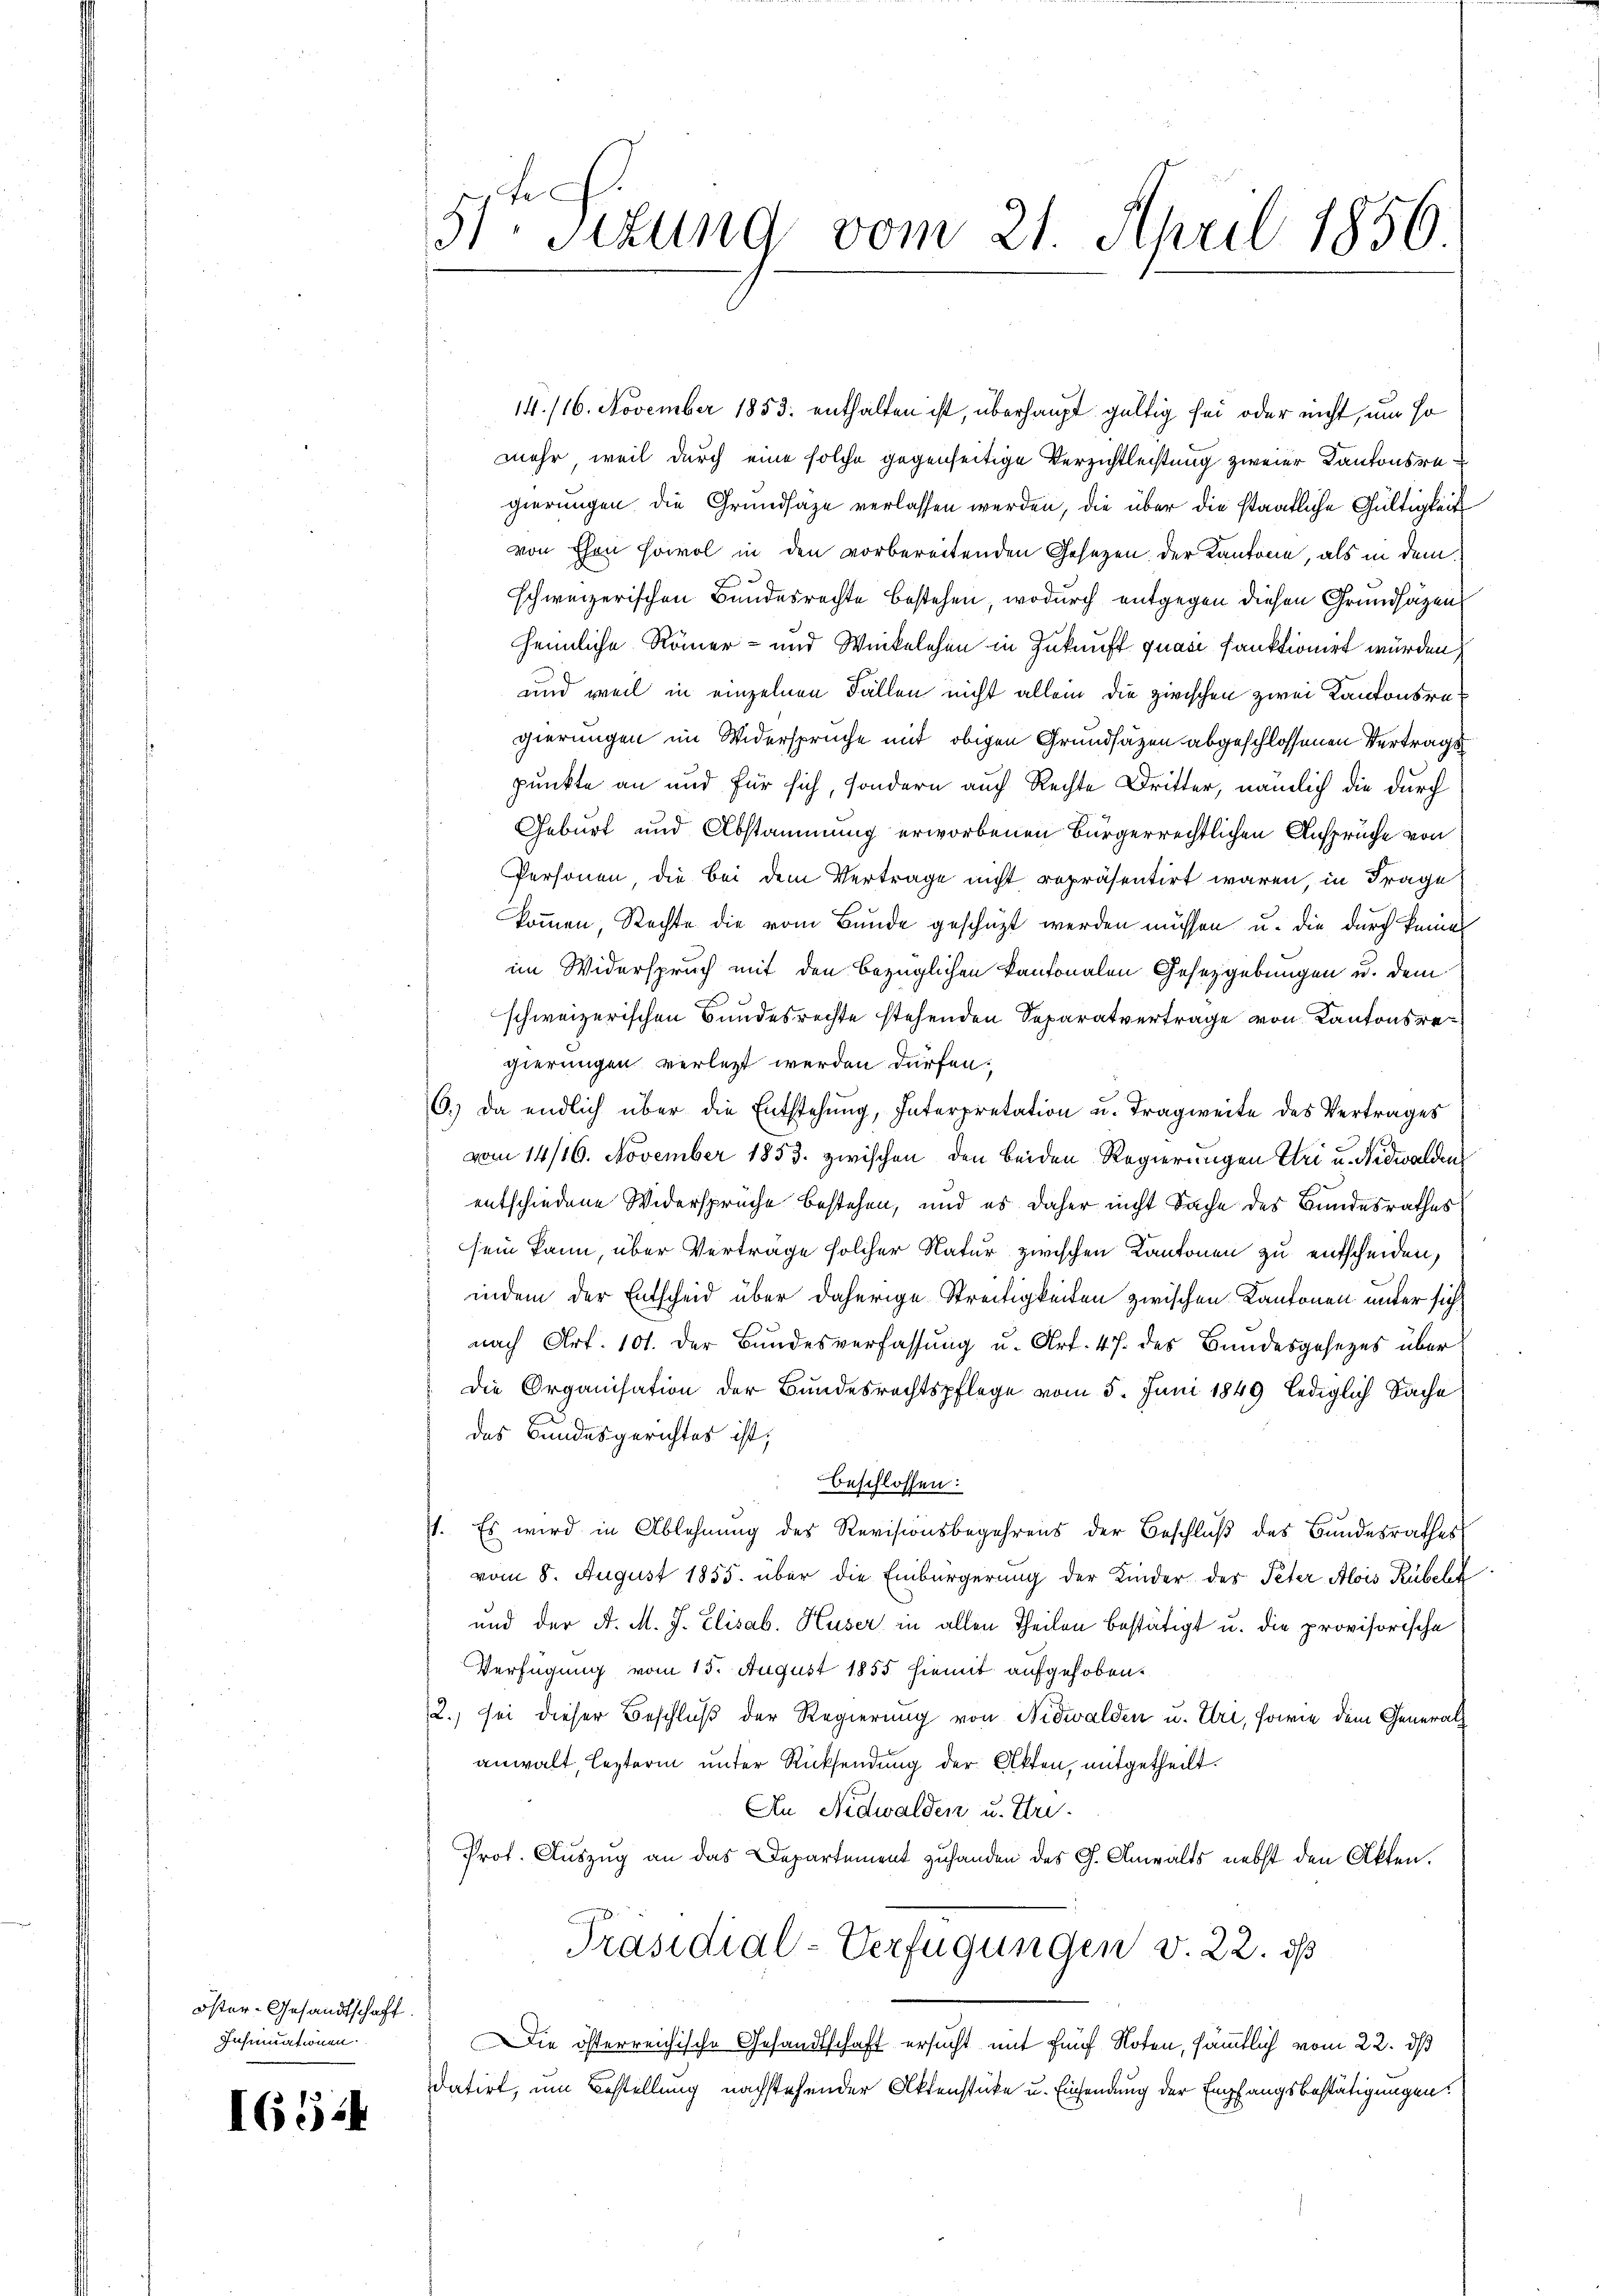
öster-Gesandtschaft.
Insinuationen.

I654

51. Sekung vom 21. April 1856.

14. 116. November 1853. enthalten ist, überhaupt gültig sei oder nicht, um so
mehr, weil durch eine solche gegenseitige Verzichtleistung zweier Kantonsregierungen die Grundsaze verlassen werden, die über die staatliche Gültigkeit
von Ehen sowol in den vorbereitenden Gesetzen der Kantone, als in dem
schweizerischen Bundesrechte bestehen, wodurch entgegen diesen Grundsätzen
heimliche Römer- und Winkelehen in Zukunft quasi sanktionirt würden
und weil in einzelnen Fällen nicht allein die zwischen zwei Kantonsregierungen im Widersprüche mit obigen Grundsätzen abgeschlossenen Vertrags
punkte an und für sich, sondern auch Rechte Dritter, nämlich die durch
Geburt und Abstammung erworbenen Bürgerrechtlichen Ansprüche von
Personen die bei dem Vertrage nicht repräsentirt waren, in Frage
kommen, Rechte die vom Bunde geschüzt werden müssen u. die durch keine
im Widerspruch mit den bezüglichen kantonalen Gesetzgebungen u. dem
schweizerischen Bundesrechte stehenden Separatvertrage von Kantonsregierungen verletzt werden dürfen.
6.) Da endlich über die Entstehung, Interpretation u. Tragweite des Vertrages
vom 14/26. November 1853. zwischen den beiden Regierungen bei u. Nidwalden
entschiedene Widersprüche bestehen, und es daher nicht Sache des Bundesrathes
sein kann, über Verträge solcher Natur zwischen Kantonen zu entscheiden,
indem der Entscheid über daherige Streitigkeiten zwischen Kantonen unter sich
nach Art. 101. Der Bŭndesverfassŭng u. Art. 47 des Bundesgesetzes über
Die Organisation der Bundesrechtspflege vom 5. Juni 1849 lediglich Sache
des Bundesgerichtes ist,
Beschlossen:
st. Es wird in Ablehnung des Revisionsbegehrens der Beschlŭβ des Bundesrathes
vom 8. August 1855. über die Einbürgerung der Kinder des Peter Alois Rübelk
und der A. M. J. Elisab. Huser in allen Theilen bestätigt u. die provisorische
Verfügung vom 15. August 1855 hiemit aufgehoben.
2.) sei dieser Beschluß der Regierung von Nidwalden u. Uri, sowie dem Generalanwalt lezterm unter Rücksendung der Akten, mitgetheilt.
An Nidwalden u. Uri.
Prot. Auszug an das Departement zuhanden des G. Anwalts nebst den Akten.
Präsidial-Verfügungen v. 22. ds
Die österreichische Gesandtschaft ersucht mit fünf Noten, sämmtlich vom 22. ds
datirt, um Bestellung nachstehender Aktenstücke u. Einsendung der Empfangsbestätigungen.